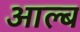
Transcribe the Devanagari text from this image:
आल्ब